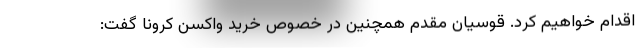
اقدام خواهیم کرد. قوسیان مقدم همچنین در خصوص خرید واکسن‌ کرونا گفت: